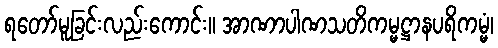
ရတော်မူခြင်းလည်းကောင်း။ အာဏာပါဏသတိကမ္မဋ္ဌာနပရိကမ္မံ၊